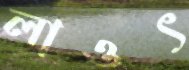
লাওৎ